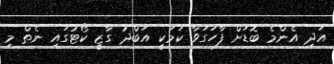
އަދި އެންމެ ބޮޑަށް ފާހަގަވާ ކަމަކީ އަބްދު ގާޒީ ކޯޓުގައި ނެތް މި